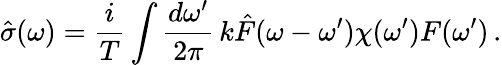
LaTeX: \hat{\sigma}(\omega)=\frac{i}{T}\int\frac{d\omega^{\prime}}{2\pi}\, k\hat{F}(\omega-\omega^{\prime})\chi(\omega^{\prime})F(\omega^{\prime})\, .